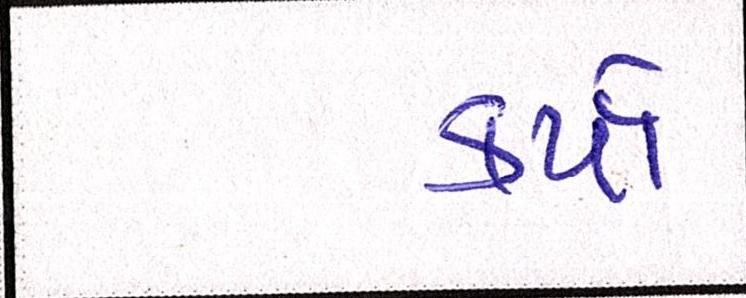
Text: કર્યાં